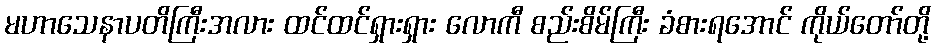
မဟာသေနာပတိကြီးအလား ထင်ထင်ရှားရှား လောကီ စည်းစိမ်ကြီး ခံစားရအောင် ကိုယ်တော်တို့